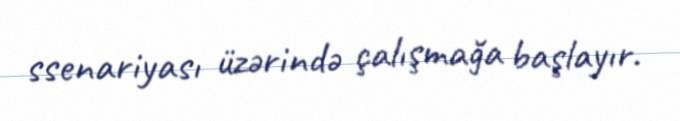
ssenariyası üzərində çalışmağa başlayır.